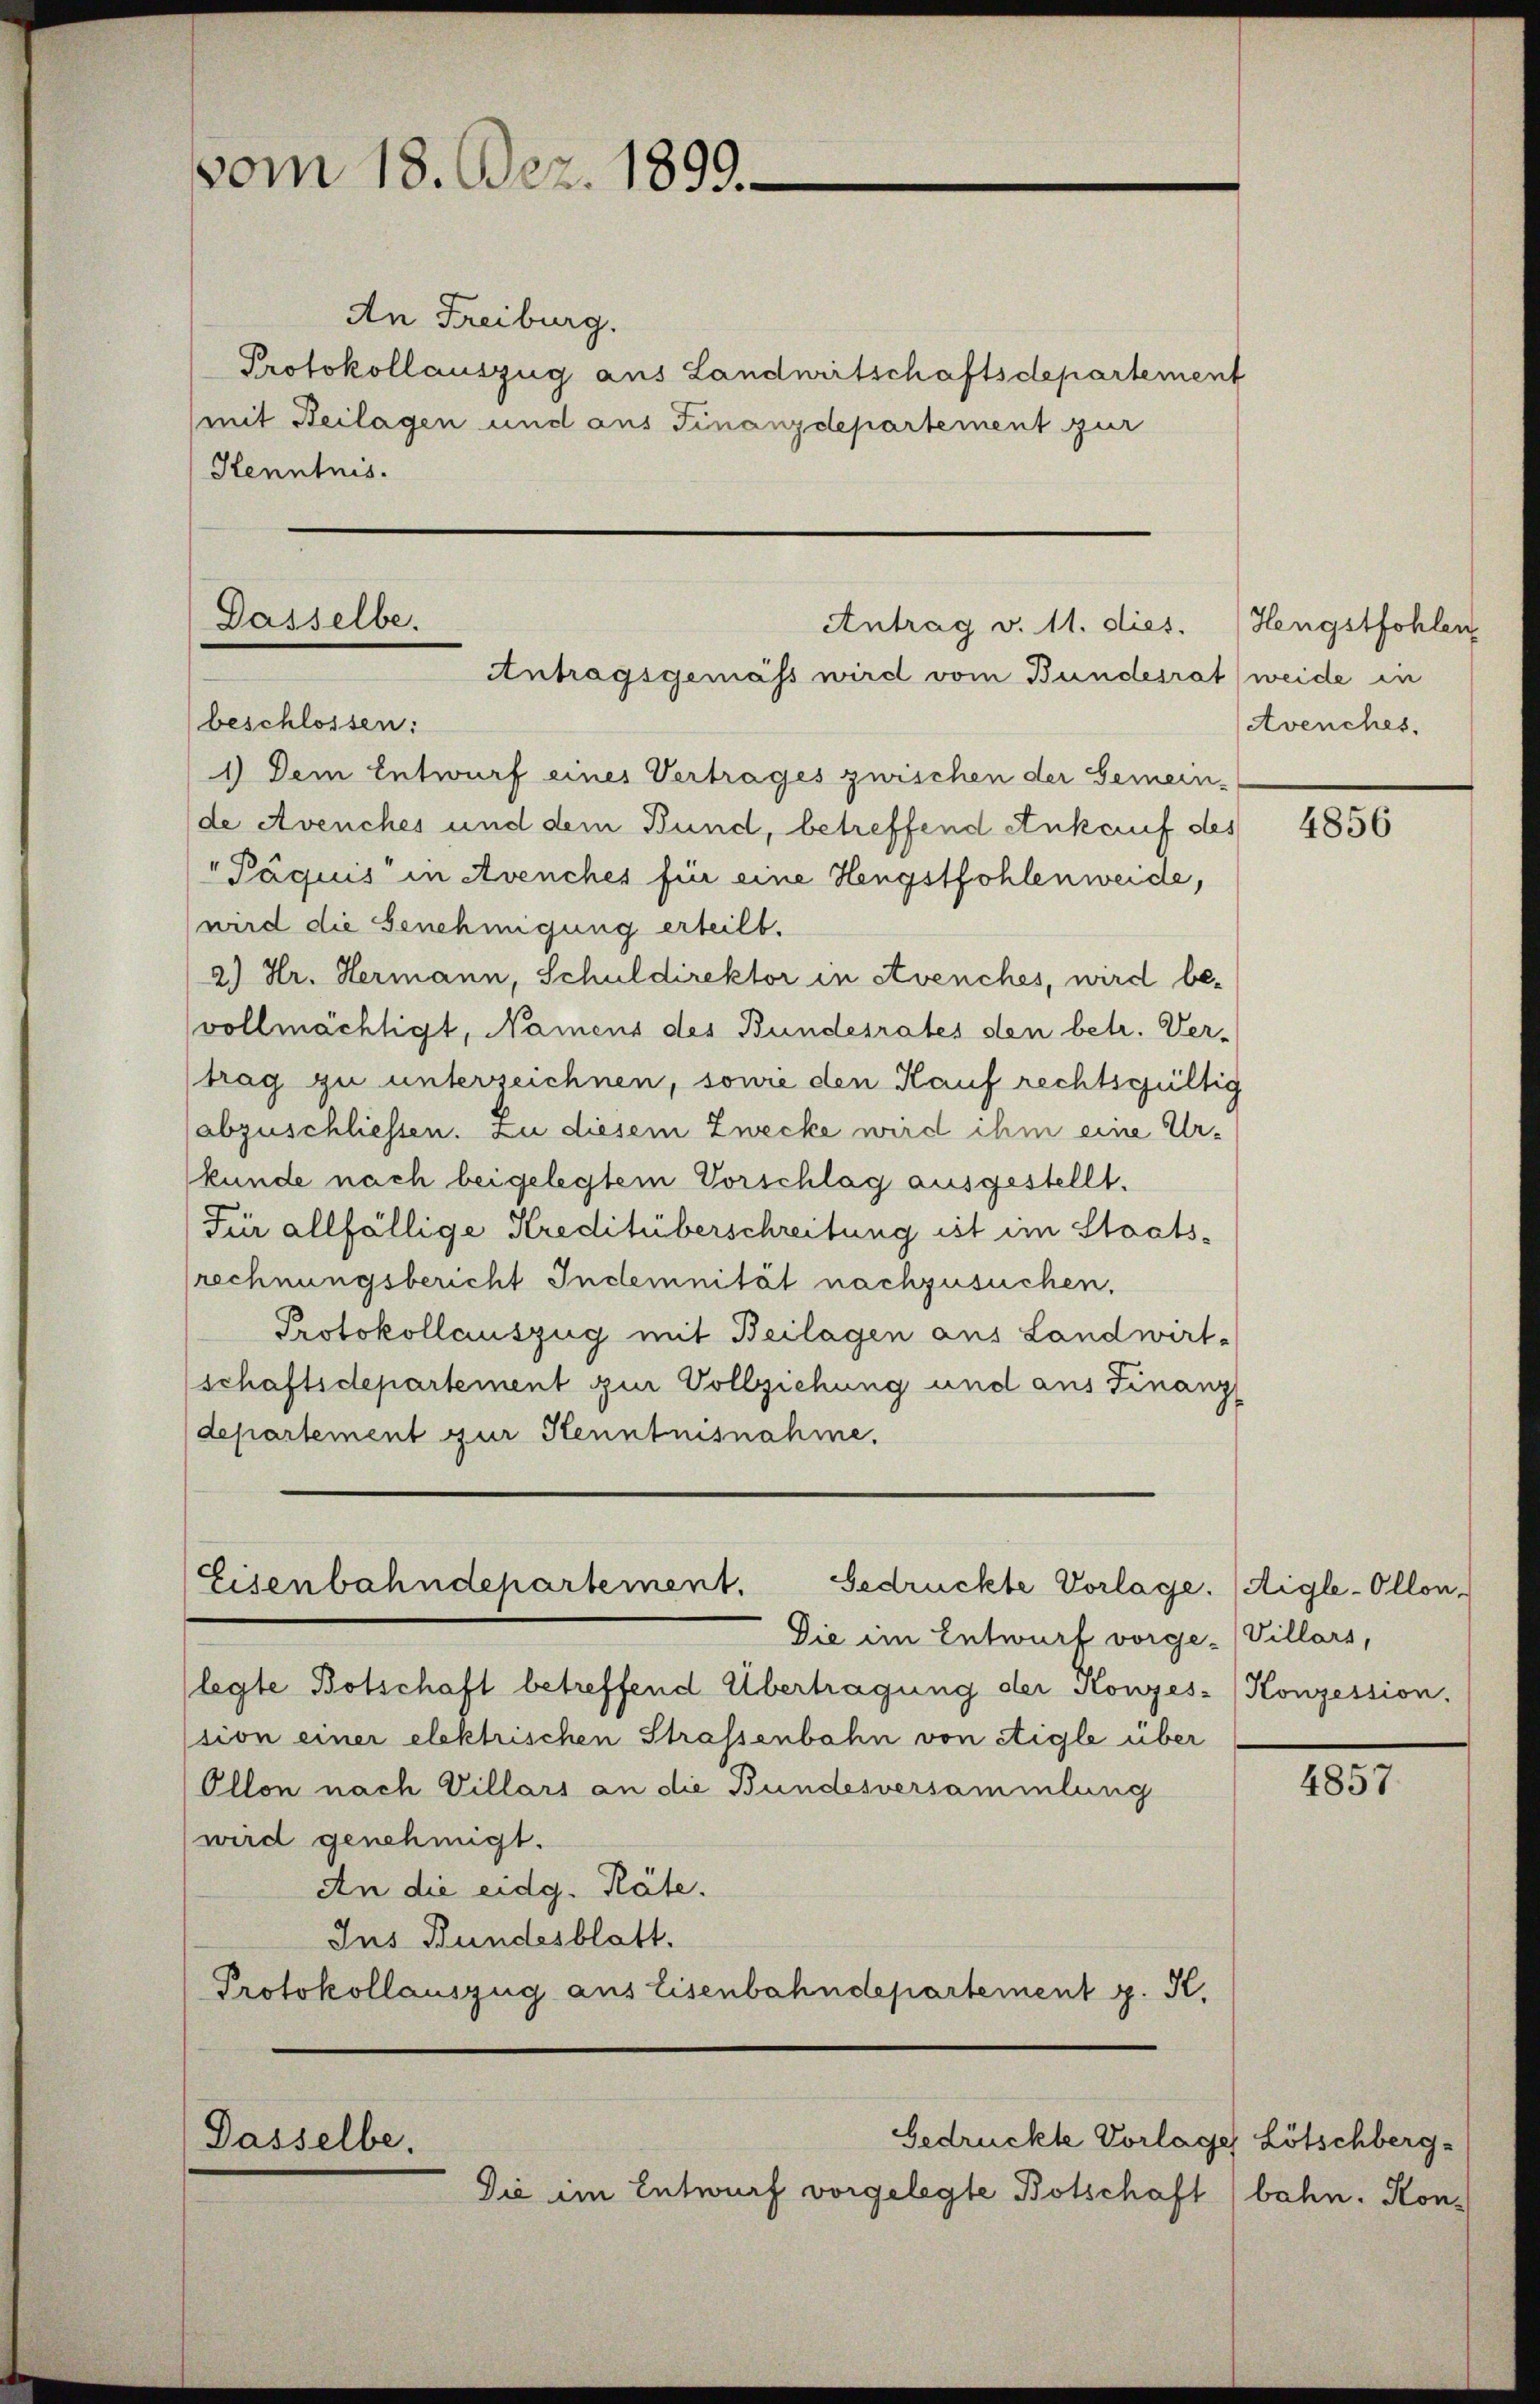
vom 18. Dez. 1899.

An Freiburg.
Protokollauszug aus Landuritschaftsdepartement
(mit Beilagen und aus Finanzdepartement zur
Kenntnis.

Dasselbe.

beschlossen:
1) Dem Entwurf eines Vertrages zwischen der Gemein-
de Avenches und dem Bund, betreffend Ankauf des
"Pägius in Avenches für eine Hengstfohlenweide,
wird die Genehmigung erteilt.
2) Hr. Hermann, Schuldirektor in Avenches, wird be-
vollmächtigt, Namens des Bundesrates den betr. Vertrag zu unterzeichnen, sowie den Kauf rechtsgültig
abzuschliessen. Zu diesem Zwecke wird ihm eine Urkunde nach beigelegtem Vorschlag ausgestellt.
Für allfällige Kreditüberschreitung ist im Staats-
rechnungsbericht Indemnität nachzusuchen,
Protokollauszug mit Beilagen aus Landwirt-
schaftsdepartement zur Vollziehung und aus Finanz
departement zur Kenntnisnahme.

Eisenbahndepartement.
Gedrückte Vorlage. (Aigle-Ollon,

Die im Entwurf vorge-
legte Botschaft betreffend Übertragung der Konzes- Konzession.
ssion einer elektrischen Strassenbahn von Etigle über
Ollon nach Villars an die Bundesversammlung
wird genehmigt.
An die eidg. Räte.
Ins Bundesblatt.
Protokollauszug aus Eisenbahndepartement p. K.

Dasselbe.

Antrag v. 11. dies.
Antragsgemäss wird vom Bundesrat (weide in

Gedrückte Vorlag
Die im Entwurf vorgelegte Botschaft

Hengstfohlen
Avenches.

4856

Villars,

4857

se Lötschberg-
bahn. Hon¬